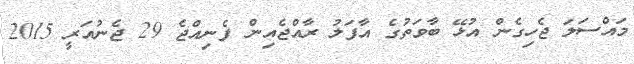
މައްސަަލަ ޖެހިގެން އުޅޭ ބާވަތުގެ އާފަލު ރާއްޖެއިން ފެނިއްޖެ 29 ޖެނުއަރީ 2015